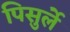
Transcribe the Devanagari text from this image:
पिसुर्ले